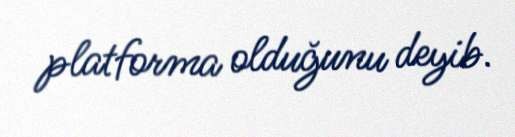
platforma olduğunu deyib.